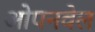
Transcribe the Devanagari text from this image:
ओपनवेल